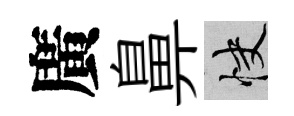
廣鼻快